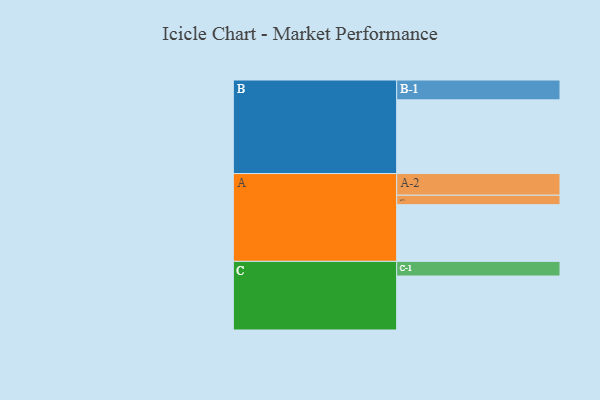
{"axis": {"x": "Segment", "y": "Value"}, "legend": ["", "A", "B", "C"], "data": [{"x": "A", "y": 437, "type": ""}, {"x": "B", "y": 568, "type": ""}, {"x": "C", "y": 416, "type": ""}, {"x": "A-1", "y": 73, "type": "A"}, {"x": "A-2", "y": 167, "type": "A"}, {"x": "B-1", "y": 153, "type": "B"}, {"x": "C-1", "y": 113, "type": "C"}]}